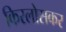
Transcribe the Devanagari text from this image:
किरलोसकर